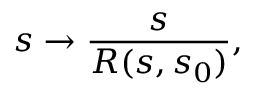
s \rightarrow \frac { s } { R ( s , s _ { 0 } ) } ,